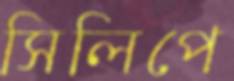
সিলিপে